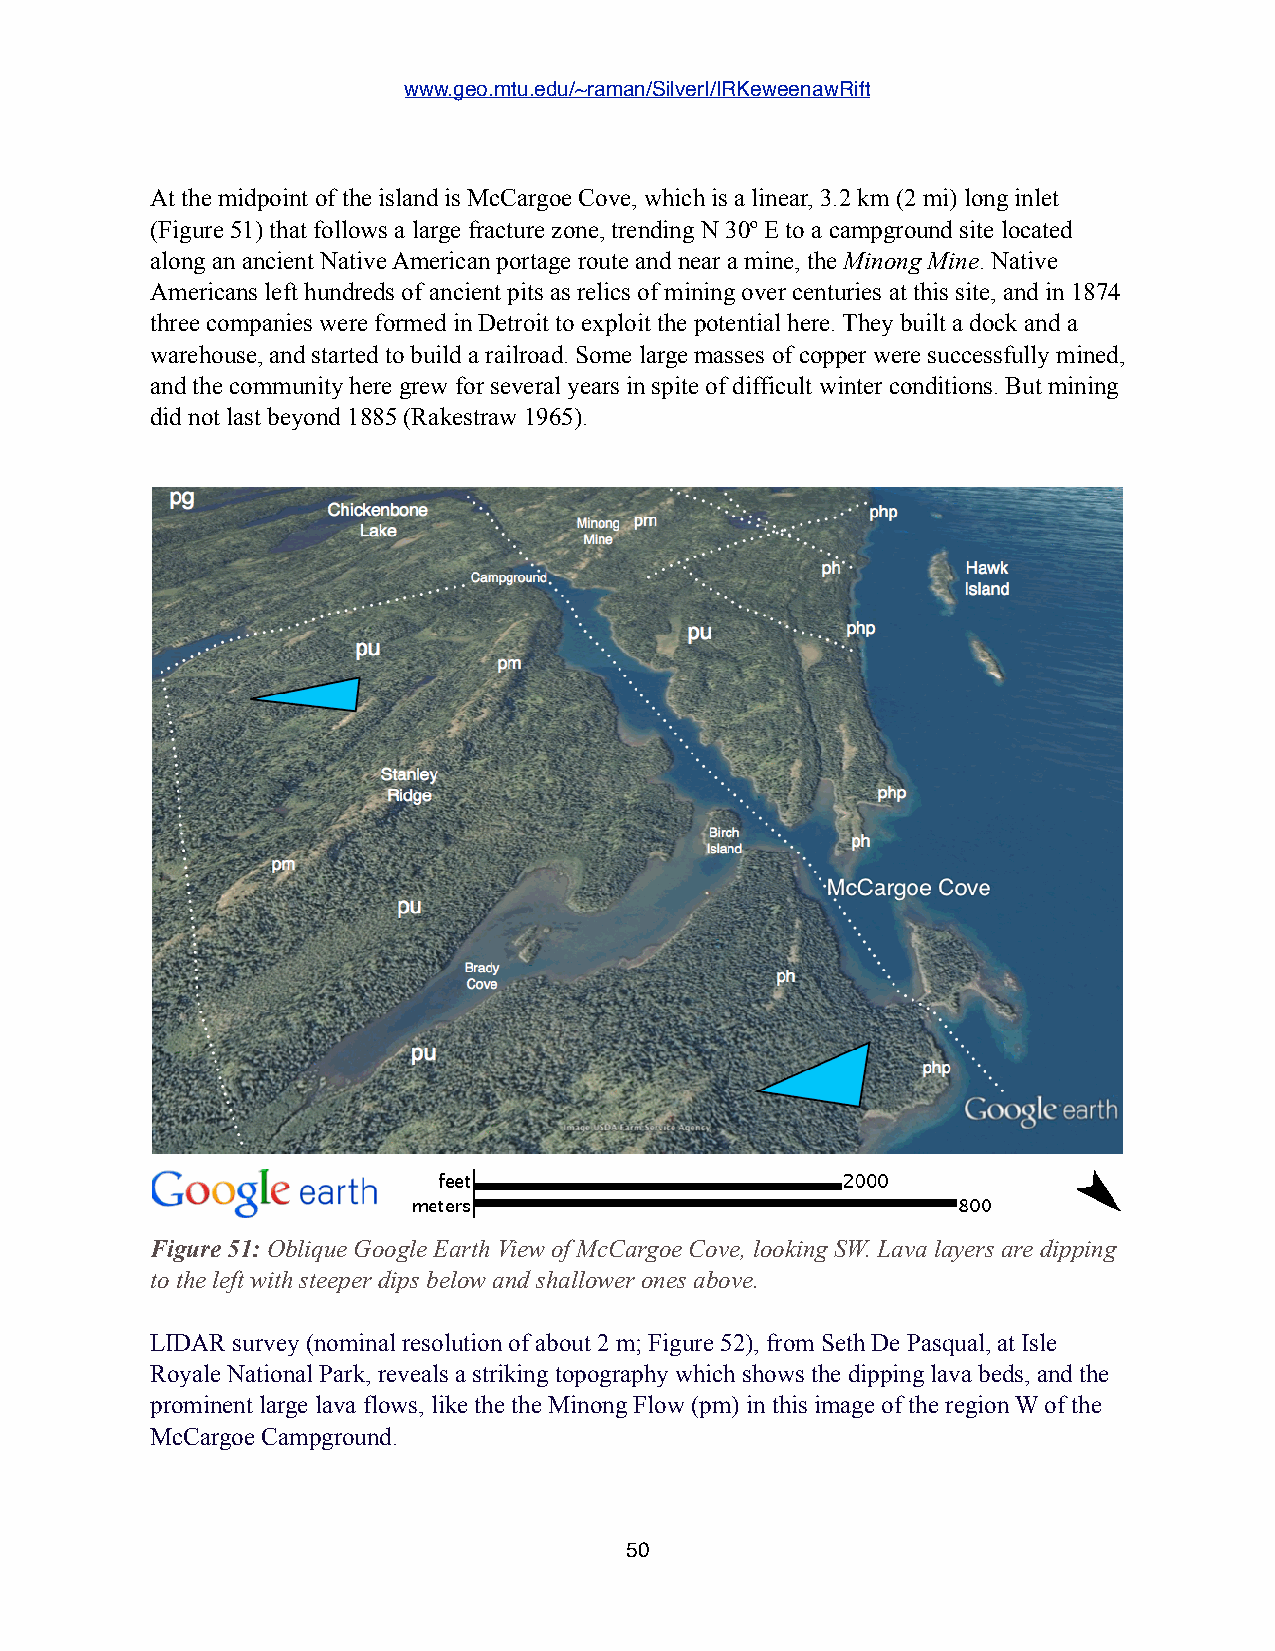
www.geo.mtu.edu/~raman/SilverI/IRKeweenawRift
 At the midpoint of the island is McCargoe Cove, which is a linear, 3.2 km (2 mi) long inlet
 (Figure 51) that follows a large fracture zone, trending N 30º E to a campground site located
 along an ancient Native American portage route and near a mine, the Minong Mine. Native
 Americans left hundreds of ancient pits as relics of mining over centuries at this site, and in 1874
 three companies were formed in Detroit to exploit the potential here. They built a dock and a
 warehouse, and started to build a railroad. Some large masses of copper were successfully mined,
 and the community here grew for several years in spite of difficult winter conditions. But mining
 did not last beyond 1885 (Rakestraw 1965).
 Figure 51: Oblique Google Earth View of McCargoe Cove, looking SW. Lava layers are dipping
 to the left with steeper dips below and shallower ones above.
 LIDAR survey (nominal resolution of about 2 m; Figure 52), from Seth De Pasqual, at Isle
 Royale National Park, reveals a striking topography which shows the dipping lava beds, and the
 prominent large lava flows, like the the Minong Flow (pm) in this image of the region W of the
 McCargoe Campground.
 50